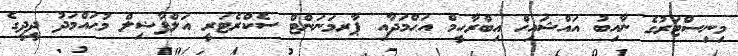
މިނިސްޓަރުގެ ނާއިބު އައްޝައިޚް އިބްރާހީމް އަޙްމަދާއި ޕާރމަނަންޓް ސެކްރެޓަރީ އަލްފާޟިލް މުޙައްމަދު ދީދީގެ